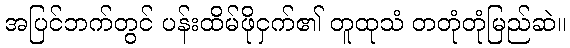
အပြင်ဘက်တွင် ပန်းထိမ်ဖိုငှက်၏ တူထုသံ တတုံတုံမြည်ဆဲ။